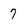
Character: 7